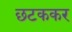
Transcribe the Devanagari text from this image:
छटककर